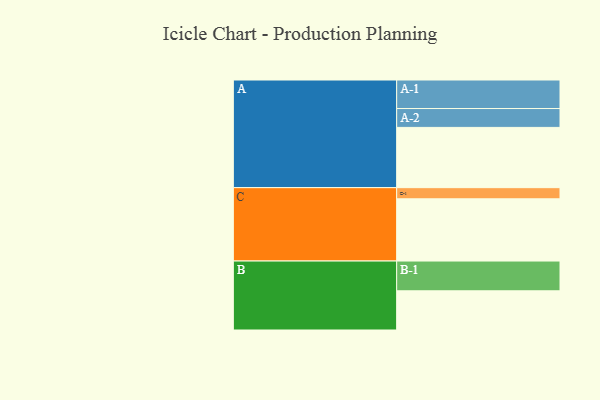
{"axis": {"x": "Segment", "y": "Value"}, "legend": ["", "A", "B", "C"], "data": [{"x": "A", "y": 492, "type": ""}, {"x": "B", "y": 320, "type": ""}, {"x": "C", "y": 508, "type": ""}, {"x": "A-1", "y": 233, "type": "A"}, {"x": "A-2", "y": 154, "type": "A"}, {"x": "B-1", "y": 243, "type": "B"}, {"x": "C-1", "y": 91, "type": "C"}]}